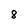
Character: 8